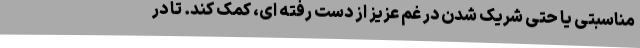
مناسبتی یا حتی شریک شدن در غم عزیز از دست رفته ای، کمک کند. تا در